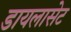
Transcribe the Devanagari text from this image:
डायलासेट